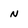
Character: N